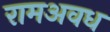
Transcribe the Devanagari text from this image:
रामअवध